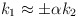
\begin{align*}k_1 \approx \pm \alpha k_2 \end{align*}